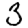
Digit: 3